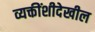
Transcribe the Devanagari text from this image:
व्यक्तींशीदेखील